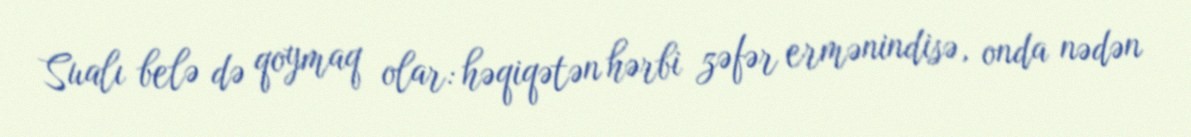
Sualı belə də qoymaq olar: həqiqətən hərbi zəfər ermənindisə, onda nədən